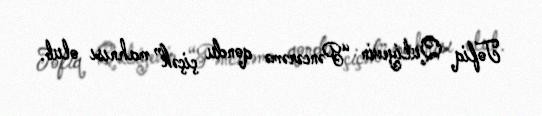
Tofiq Quliyevin “Pəncərəmə qondu çiçək” mahnısı olub.